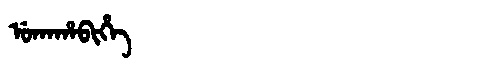
Manchu: ᡠᡴᠠᡥᠠᠪᡳᡥᡝ
Romanization: UKAHABIHE